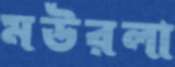
মউরলা